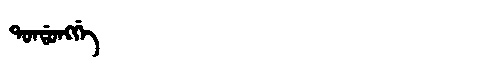
Manchu: ᡨᠣᠨᡩᠣᠩᡤᡝ
Romanization: TONDONGGE